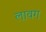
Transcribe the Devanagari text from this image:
लावग